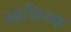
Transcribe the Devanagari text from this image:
आथिथ्य